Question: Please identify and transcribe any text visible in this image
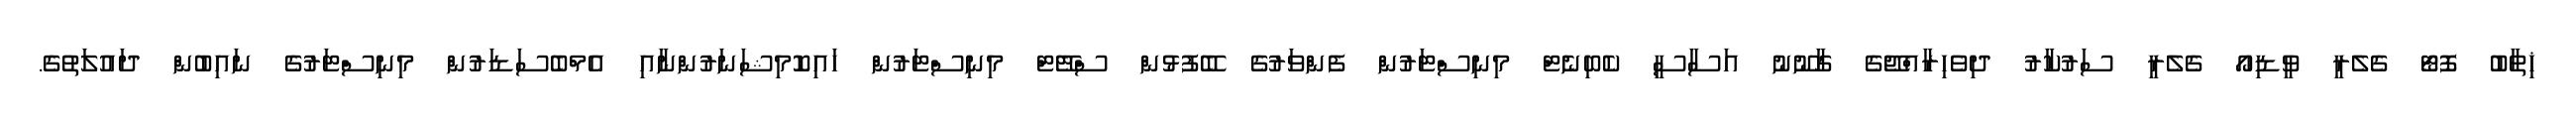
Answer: ޚިތާބު ފޮޓޯ ގެލެރީ ވީޑިއޯ ގެލެރީ ސަރުކާރު ދިވެހިރާއްޖޭގެ ގާނޫނު އަސާސީ ކެބިނެޓް މިނިސްޓަރުން ފެންވަރުގެ ބޭފުޅުން ސްޓޭޓް މިނިސްޓަރުން ހައިކޮމިޝަނަރުންނާއި އެމްބެސަޑަރުން މިނިސްޓަރުގެ ނައިބުން ދައުލަތުގެ.